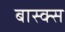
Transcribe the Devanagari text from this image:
बास्क्स